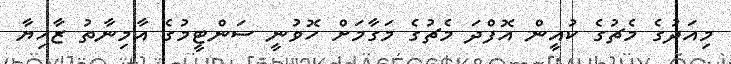
މިއަދުގެ މެޗުގެ ކުއީން އޮފްދަ މެޗުގެ މަގާމަށް ހޮވުނީ ސަންޓީމުގެ އާމިނާތު ޒާހިޔާ